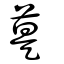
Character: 𦳚